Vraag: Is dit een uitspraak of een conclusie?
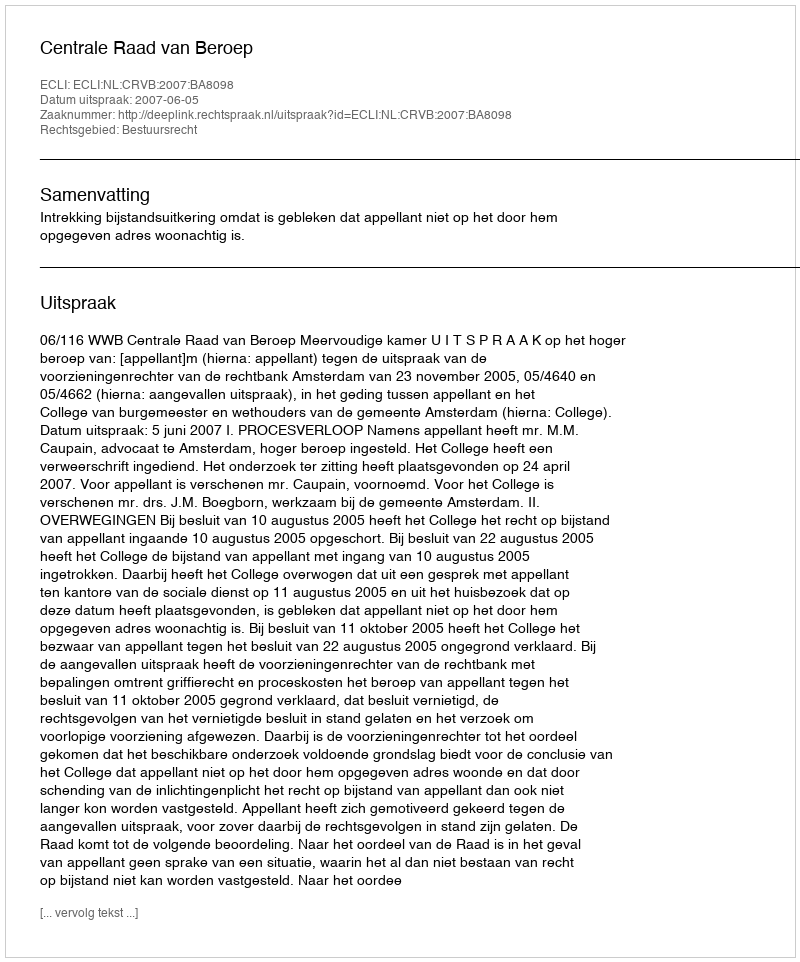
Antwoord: Uitspraak